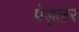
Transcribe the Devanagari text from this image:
पेड्लर